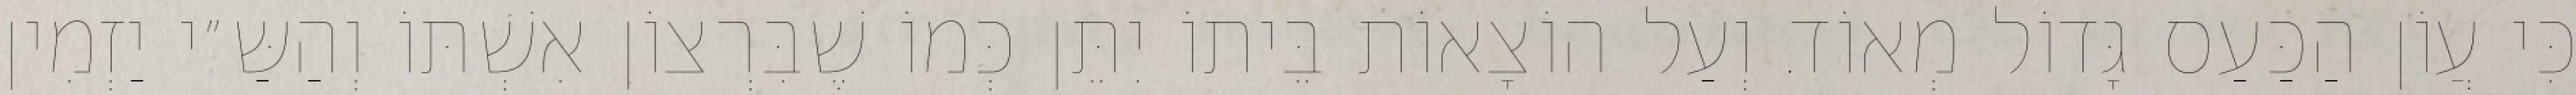
כִּי עֲוֹן הַכַּעַס גָּדוֹל מְאוֹד. וְעַל הוֹצָאוֹת בֵּיתוֹ יִתֵּן כְּמוֹ שֶׁבִּרְצוֹן אִשְׁתּוֹ וְהַשַּ״י יַזְמִין